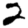
Digit: 2